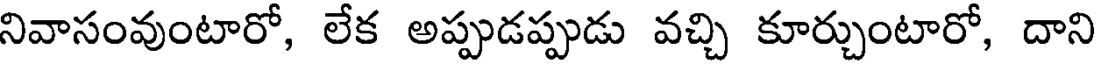
నివాసంవుంటారో, లేక అప్పుడప్పుడు వచ్చి కూర్చుంటారో, దాని